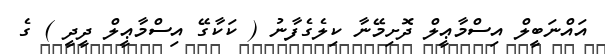
އައްނަބީލް އިސްމާޢީލް ދޮށިމޭނާ ކިލެގެފާނު ( ކަކާގޭ އިސްމާޢީލް ދީދީ ) ގެ